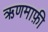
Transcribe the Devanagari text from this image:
ऋणमाफ़ी